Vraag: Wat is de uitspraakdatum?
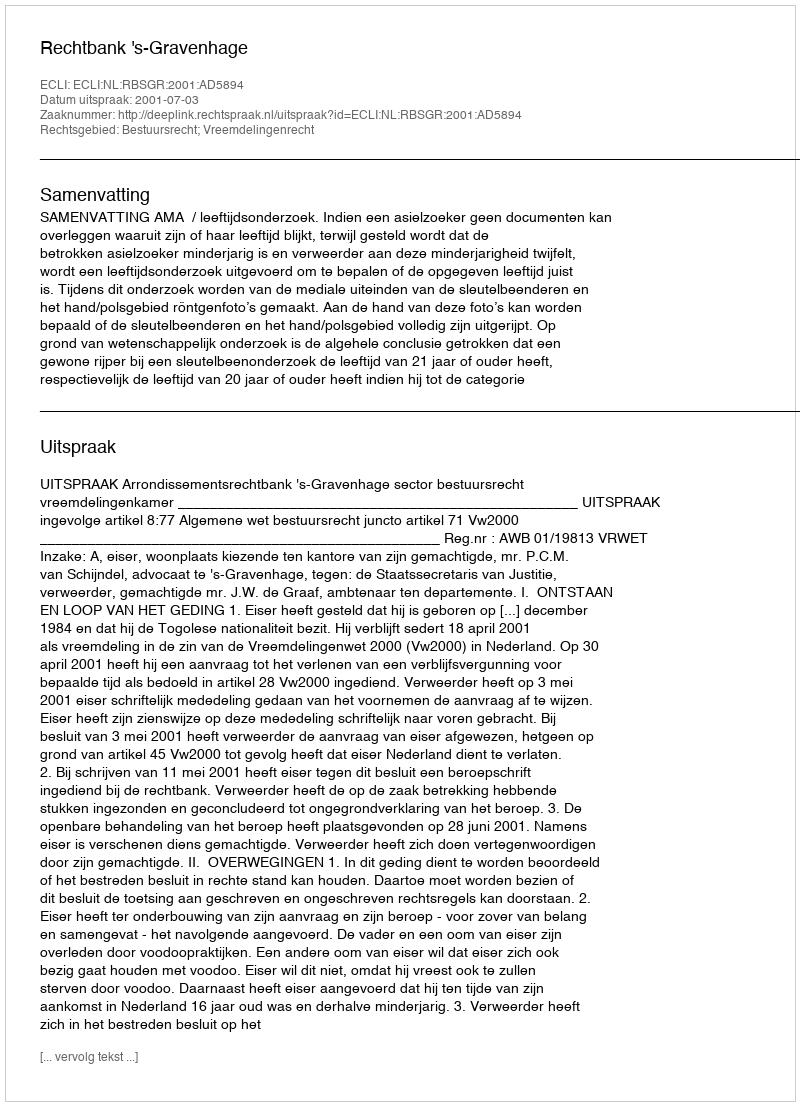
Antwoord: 2001-07-03